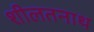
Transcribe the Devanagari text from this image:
शीलतनाथ